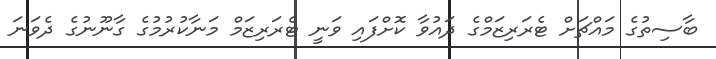
ބާސިތުގެ މައްޗަށް ޓެރަރިޒަމްގެ ދައުވާ ކޮށްފައި ވަނީ ޓެރަރިޒަމް މަނާކުރުމުގެ ގާނޫނުގެ ދެވަނަ